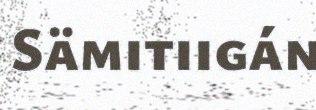
Sämitiigán